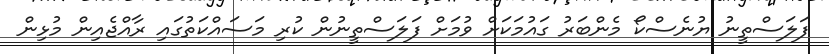
ފަލަސްތީނު ޔުނެސްކޯ މެންބަރު ގައުމަކަށް ވުމަށް ފަލަސްތީނުން ކުރި މަސައްކަތުގައި ރާއްޖެއިން މުޅިން